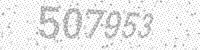
Solution: 507953